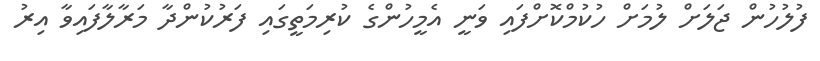
ފުލުހުން ޖަލަށް ލުމަށް ހުކުމްކޮށްފައި ވަނީ އެމީހުންގެ ކުރިމަތީގައި ފަރުކުންދާ މަރާލާފައިވާ އިރު